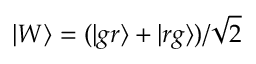
| W \rangle = ( | g r \rangle + | r g \rangle ) / \sqrt { 2 }